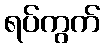
ရပ်ကွက်